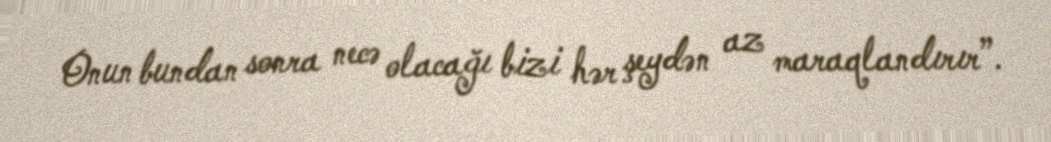
Onun bundan sonra necə olacağı bizi hər şeydən az maraqlandırır”.